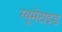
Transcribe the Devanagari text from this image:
रयूमेटाइड